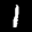
Label: 1